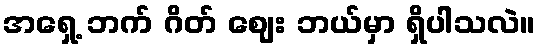
အရှေ့ ဘက် ဂိတ် ဈေး ဘယ်မှာ ရှိပါသလဲ။